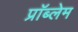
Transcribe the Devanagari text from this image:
प्राॅब्लेम